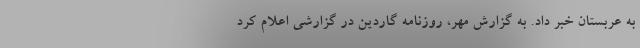
به عربستان خبر داد. به گزارش مهر، روزنامه گاردین در گزارشی اعلام کرد